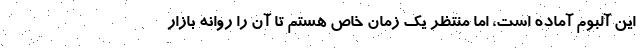
اين آلبوم آماده است، اما منتظر يك زمان خاص هستم تا آن را روانه بازار